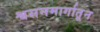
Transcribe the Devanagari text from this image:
श्वसनमार्गातून